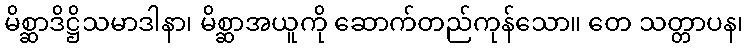
မိစ္ဆာဒိဋ္ဌိသမာဒါနာ၊ မိစ္ဆာအယူကို ဆောက်တည်ကုန်သော။ တေ သတ္တာပန၊